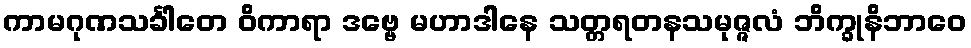
ကာမဂုဏသင်္ခါတေ ဝိကာရာ ဒဗ္ဗေ မဟာဒါနေ သတ္တရတနသမုဇ္ဇလံ ဘိက္ခုနိဘာဝေ